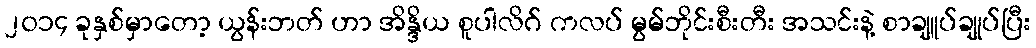
၂၀၁၄ ခုနှစ်မှာတော့ ယွန်းဘတ် ဟာ အိန္ဒိယ စူပါလိဂ် ကလပ် မွမ်ဘိုင်းစီးတီး အသင်းနဲ့ စာချူပ်ချုပ်ပြီး